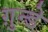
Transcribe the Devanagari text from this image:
ग़ुन्डे